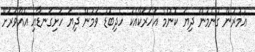
ޢުމުރުން ގުނެމުން ދިޔަ ކޮންމެ އަހަރަކާއެކު ހެދިބޮޑު ވަމުން ދިޔަ ހަށިގަނޑާއި އެއްވަރަށް